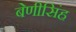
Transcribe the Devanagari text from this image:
बेणीसिंह